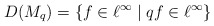
\begin{align*}D(M_{q})=\{f\in\ell^{\infty}\;|\;qf\in\ell^{\infty}\}\end{align*}